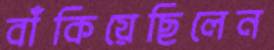
বাঁকিয়েছিলেন